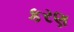
કરણ